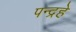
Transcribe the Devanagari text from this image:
पन्द्रहे